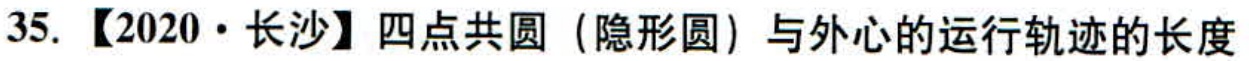
35. 【2020·长沙】四点共圆（隐形圆）与外心的运行轨迹的长度